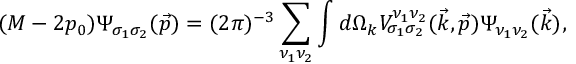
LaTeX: ( { \cal M } - 2 p _ { 0 } ) \Psi _ { \sigma _ { 1 } \sigma _ { 2 } } ( \vec { p } ) = ( 2 \pi ) ^ { - 3 } \sum _ { \nu _ { 1 } \nu _ { 2 } } \int d \Omega _ { k } V _ { \sigma _ { 1 } \sigma _ { 2 } } ^ { \nu _ { 1 } \nu _ { 2 } } ( \vec { k } , \vec { p } ) \Psi _ { \nu _ { 1 } \nu _ { 2 } } ( \vec { k } ) ,